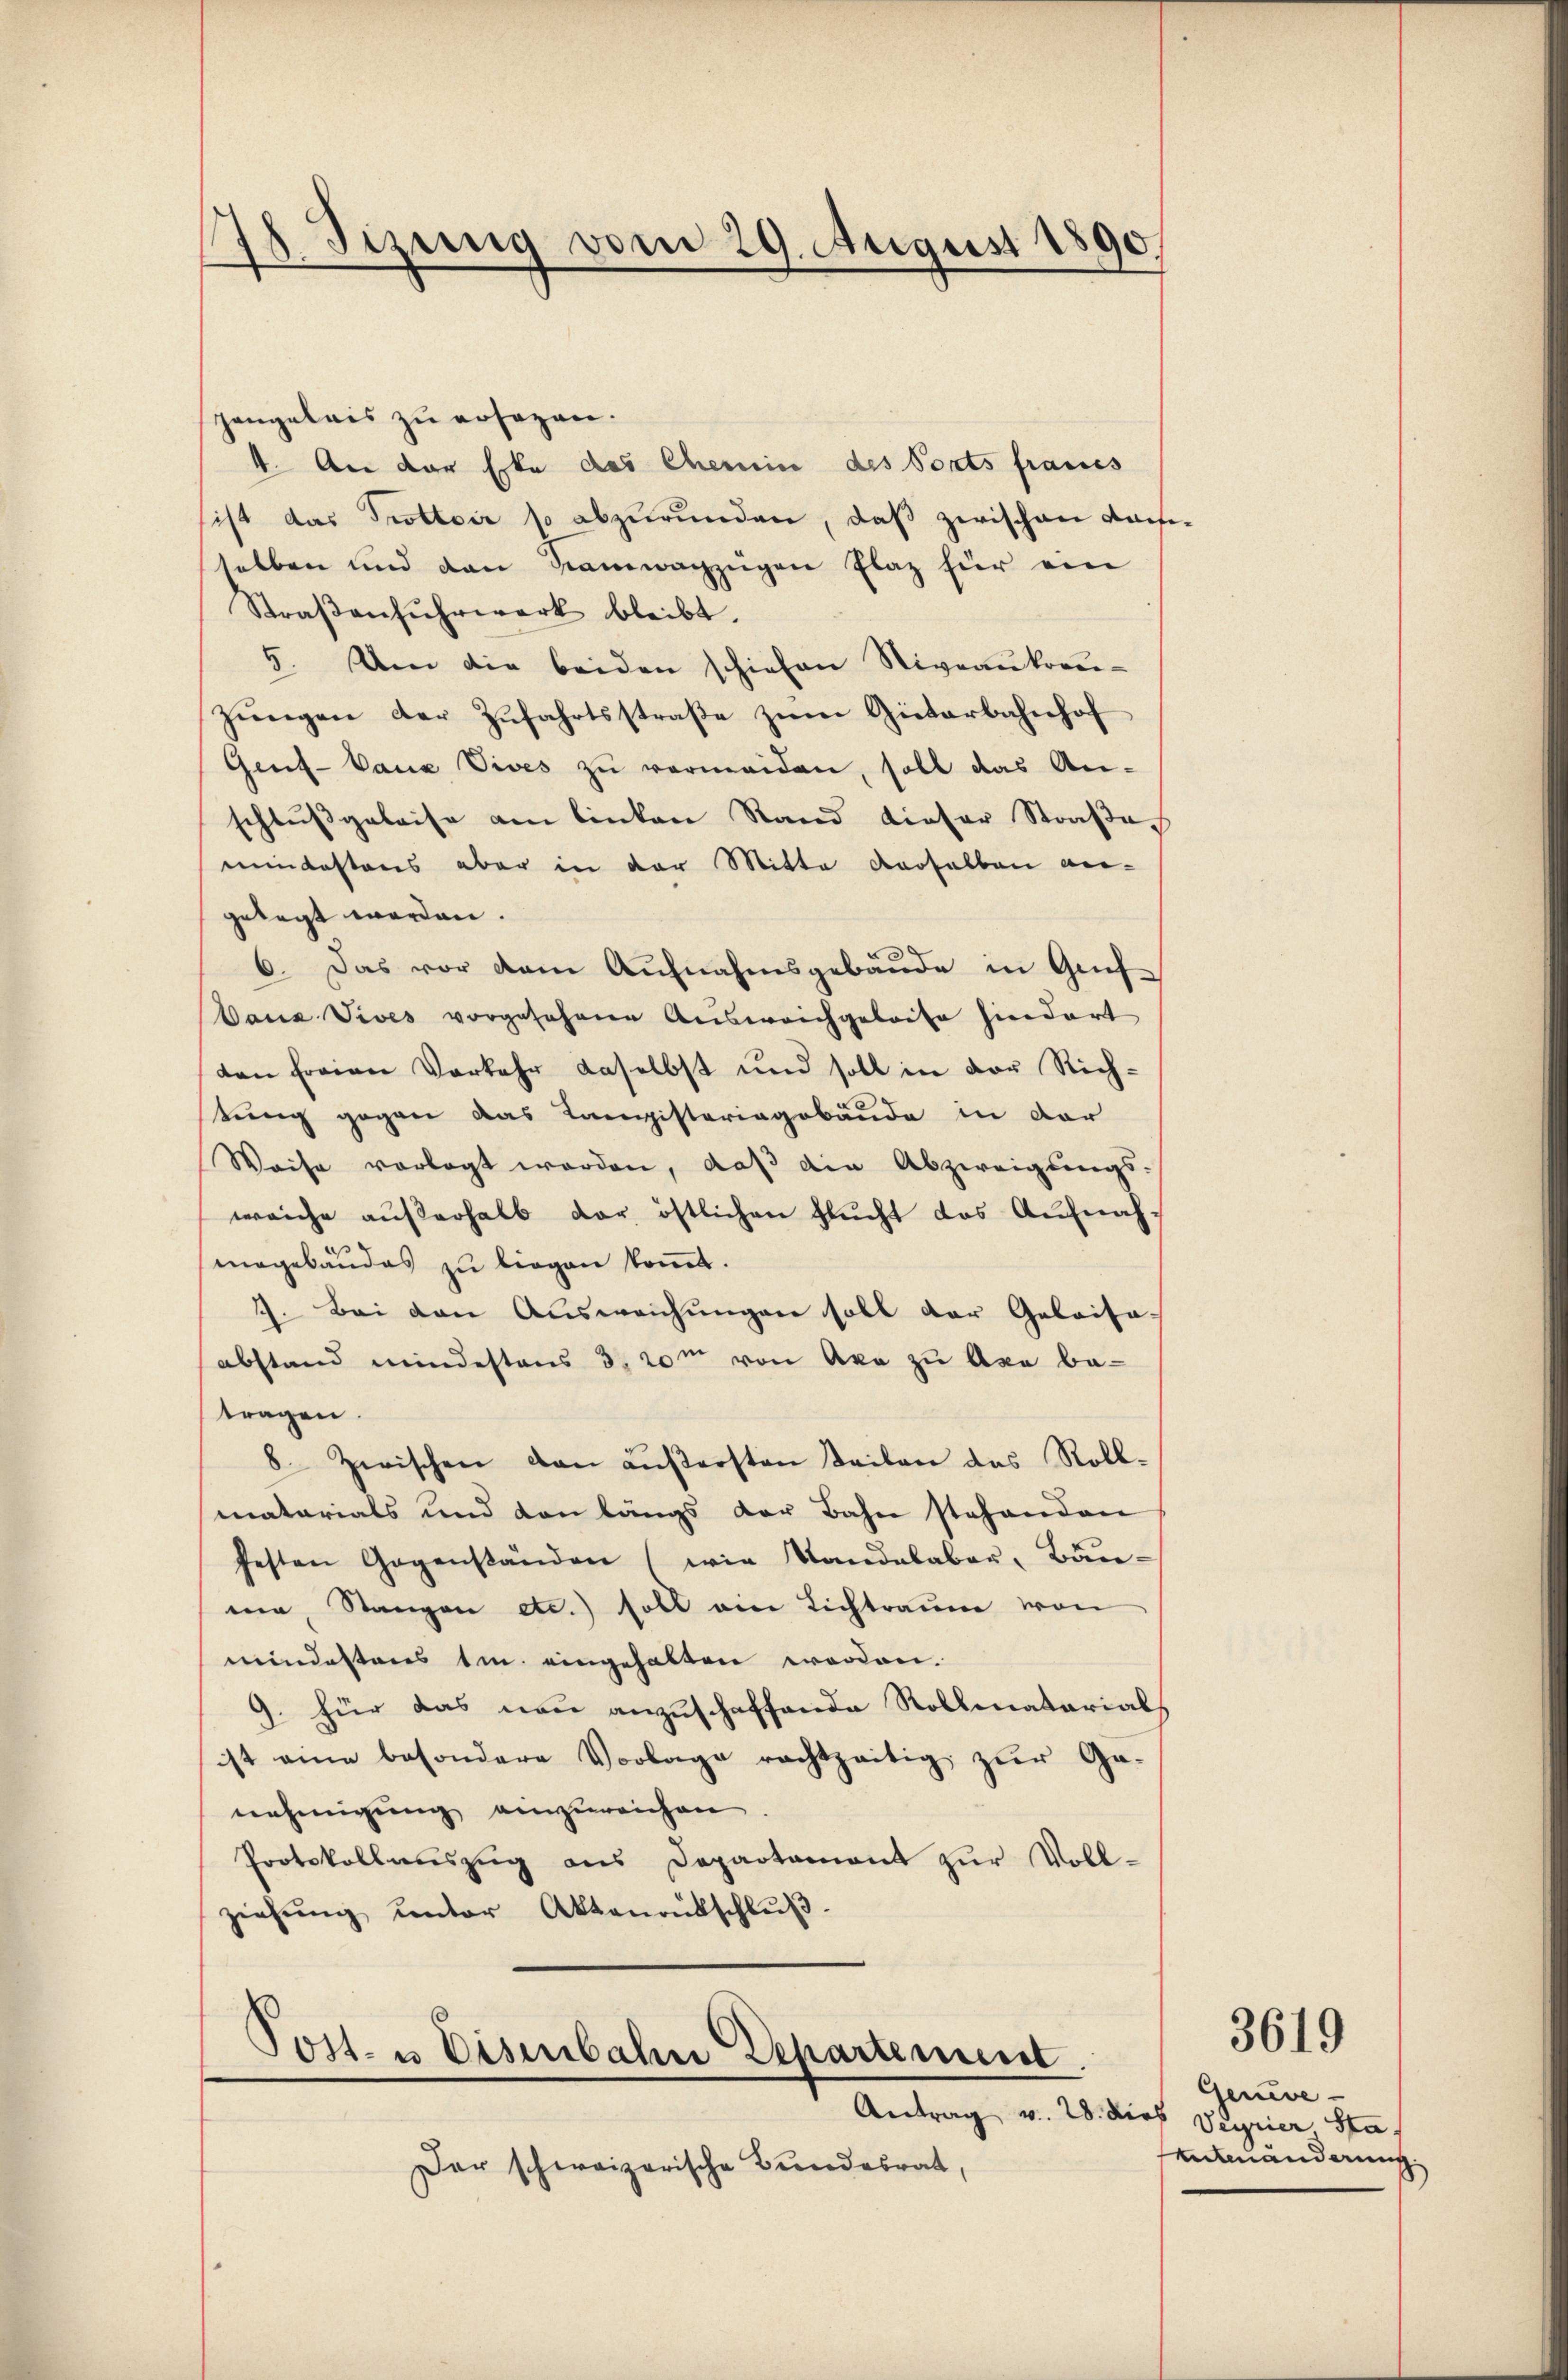
78 Sizung vom 29. August 1890.

zangeleis zu ersagen.
1. An der Ecke des Chemin des Ports fraues
ist das Prottoir so abzurunden, daß zwischen das
selben und den Ramwagzügen Plaz für ein
Straβenfŭhrwerk bleibt.
5. Um die beiden schiehen Niveaukreu-
zŭngen der Zŭfahrtsstraβe zŭm Güterbahnhof
Gent-Cane Vives zu vermeiden, soll das An-
schlußgeleise am linken Stand dieser Straße
meindestens aber in der Mitte derselben an-
gelegt worden.
6. Das vor dem Aufnahmsgebäude in Grif-
Dauz Vives vorgesehene Ausweichgeleite hindert
den freien Vorkehr daselbst und soll in der Rich-
tung gegen das Tagisteriagebäude in der
Waise vorlegt worden, daβ die Abzweigungs-
weiche außerhalb der östlichen Flucht das Aufnah-
mogebäudes zu liegen koṁt.
7. Bei den Ausweichungen soll der Gelaisa-
abstand mindestens 3. 20m von Aka zu Axe betragen.
8. Zwischen den äußersten Teilen des Roll-
matarials und von längs der Bahn stehenden
festen Gegenständen (wie Standelaber, Bau-
ma, Stangen etc.) soll am Lichtraum von
mindestens im eingehalten worden.
9. für das neu anzuschaffende Rollmatarials
ist eine besondere Vorlage rachtzeitig zŭr Ga-
nehmigung einzureichen
Protokollauszug aus Departament zur Vollziehŭng ŭnter Aktenrütschlŭβ-

Post- u Eisenbahn Departement.
Antrag v. 28. dies Veyrier Sta

Der schweizerische Bundesrat,

3619

Genevemtmänderung.